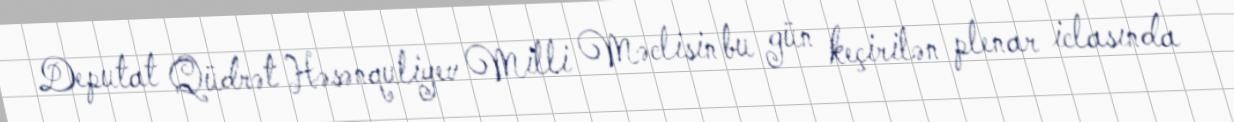
Deputat Qüdrət Həsənquliyev Milli Məclisin bu gün keçirilən plenar iclasında